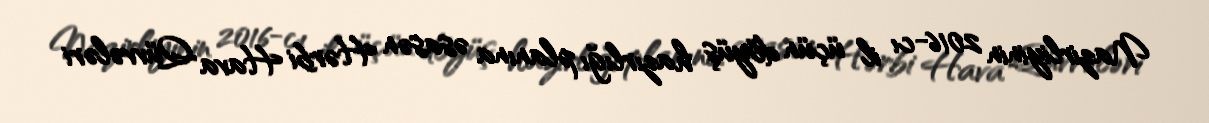
Nazirliyinin 2016-cı il üçün döyüş hazırlığı planına əsasən Hərbi Hava Qüvvələri